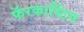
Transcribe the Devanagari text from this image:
फॅरकास्टिंग